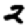
Digit: 2